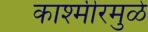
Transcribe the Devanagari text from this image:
काश्मीरमुळे